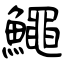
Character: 鱦